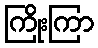
ကြိုးကြာ